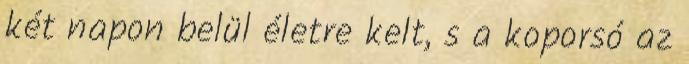
két napon belül életre kelt, s a koporsó az